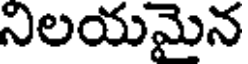
నిలయమైన